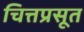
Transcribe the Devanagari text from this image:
चित्तप्रसूत